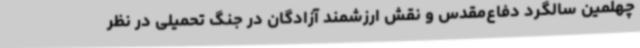
چهلمین سالگرد دفاع‌مقدس و نقش ارزشمند آزادگان در جنگ تحمیلی در نظر